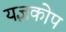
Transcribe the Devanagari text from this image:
यज्ञकोप